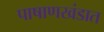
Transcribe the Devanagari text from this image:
पाषाणखंडात